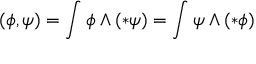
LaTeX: ( \phi , \psi ) = \int \phi \wedge ( * \psi ) = \int \psi \wedge ( * \phi )